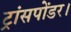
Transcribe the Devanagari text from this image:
ट्रांसपोंडर।